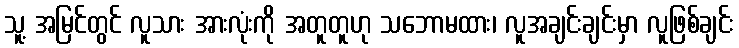
သူ့ အမြင်တွင် လူသား အားလုံးကို အတူတူဟု သဘောမထား၊ လူအချင်းချင်းမှာ လူဖြစ်ချင်း